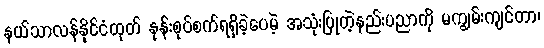
နယ်သာလန်နိုင်ငံထုတ် နုန်းစုပ်စက်ရရှိခဲ့ပေမဲ့ အသုံးပြုတဲ့နည်းပညာကို မကျွမ်းကျင်တာ၊